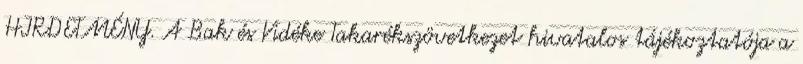
HIRDETMÉNY. A Bak és Vidéke Takarékszövetkezet hivatalos tájékoztatója a